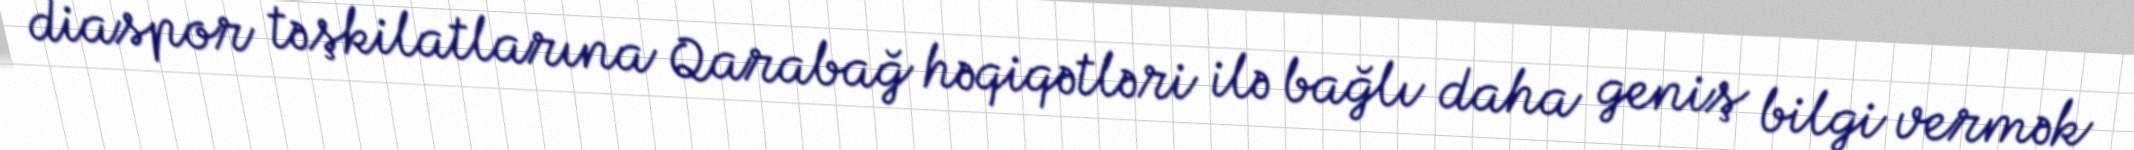
diaspor təşkilatlarına Qarabağ həqiqətləri ilə bağlı daha geniş bilgi vermək